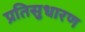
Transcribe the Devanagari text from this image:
प्रतिसुधारण